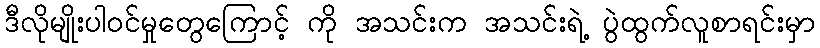
ဒီလိုမျိုးပါဝင်မှုတွေကြောင့် ကို အသင်းက အသင်းရဲ့ ပွဲထွက်လူစာရင်းမှာ